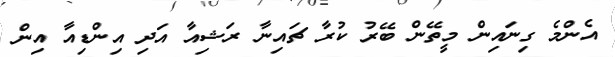
އެންމެ ގިނައިން މީތޭން ބޭރު ކުރާ ޗައިނާ ރަޝިއާ އަދި އިންޑިއާ އިން